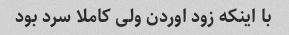
با اینکه زود اوردن ولی کاملا سرد بود